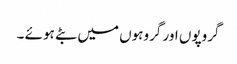
گروپوں اور گروہوں میں بٹے ہوئے ۔